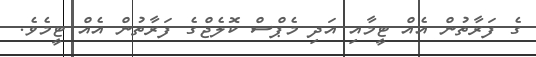
ގެ ފަރާތުން އެއް ޓީމާއި އަދި މެޕްސް ކޮލެޖްގެ ފަރާތުން އެއް ޓީމެވެ.